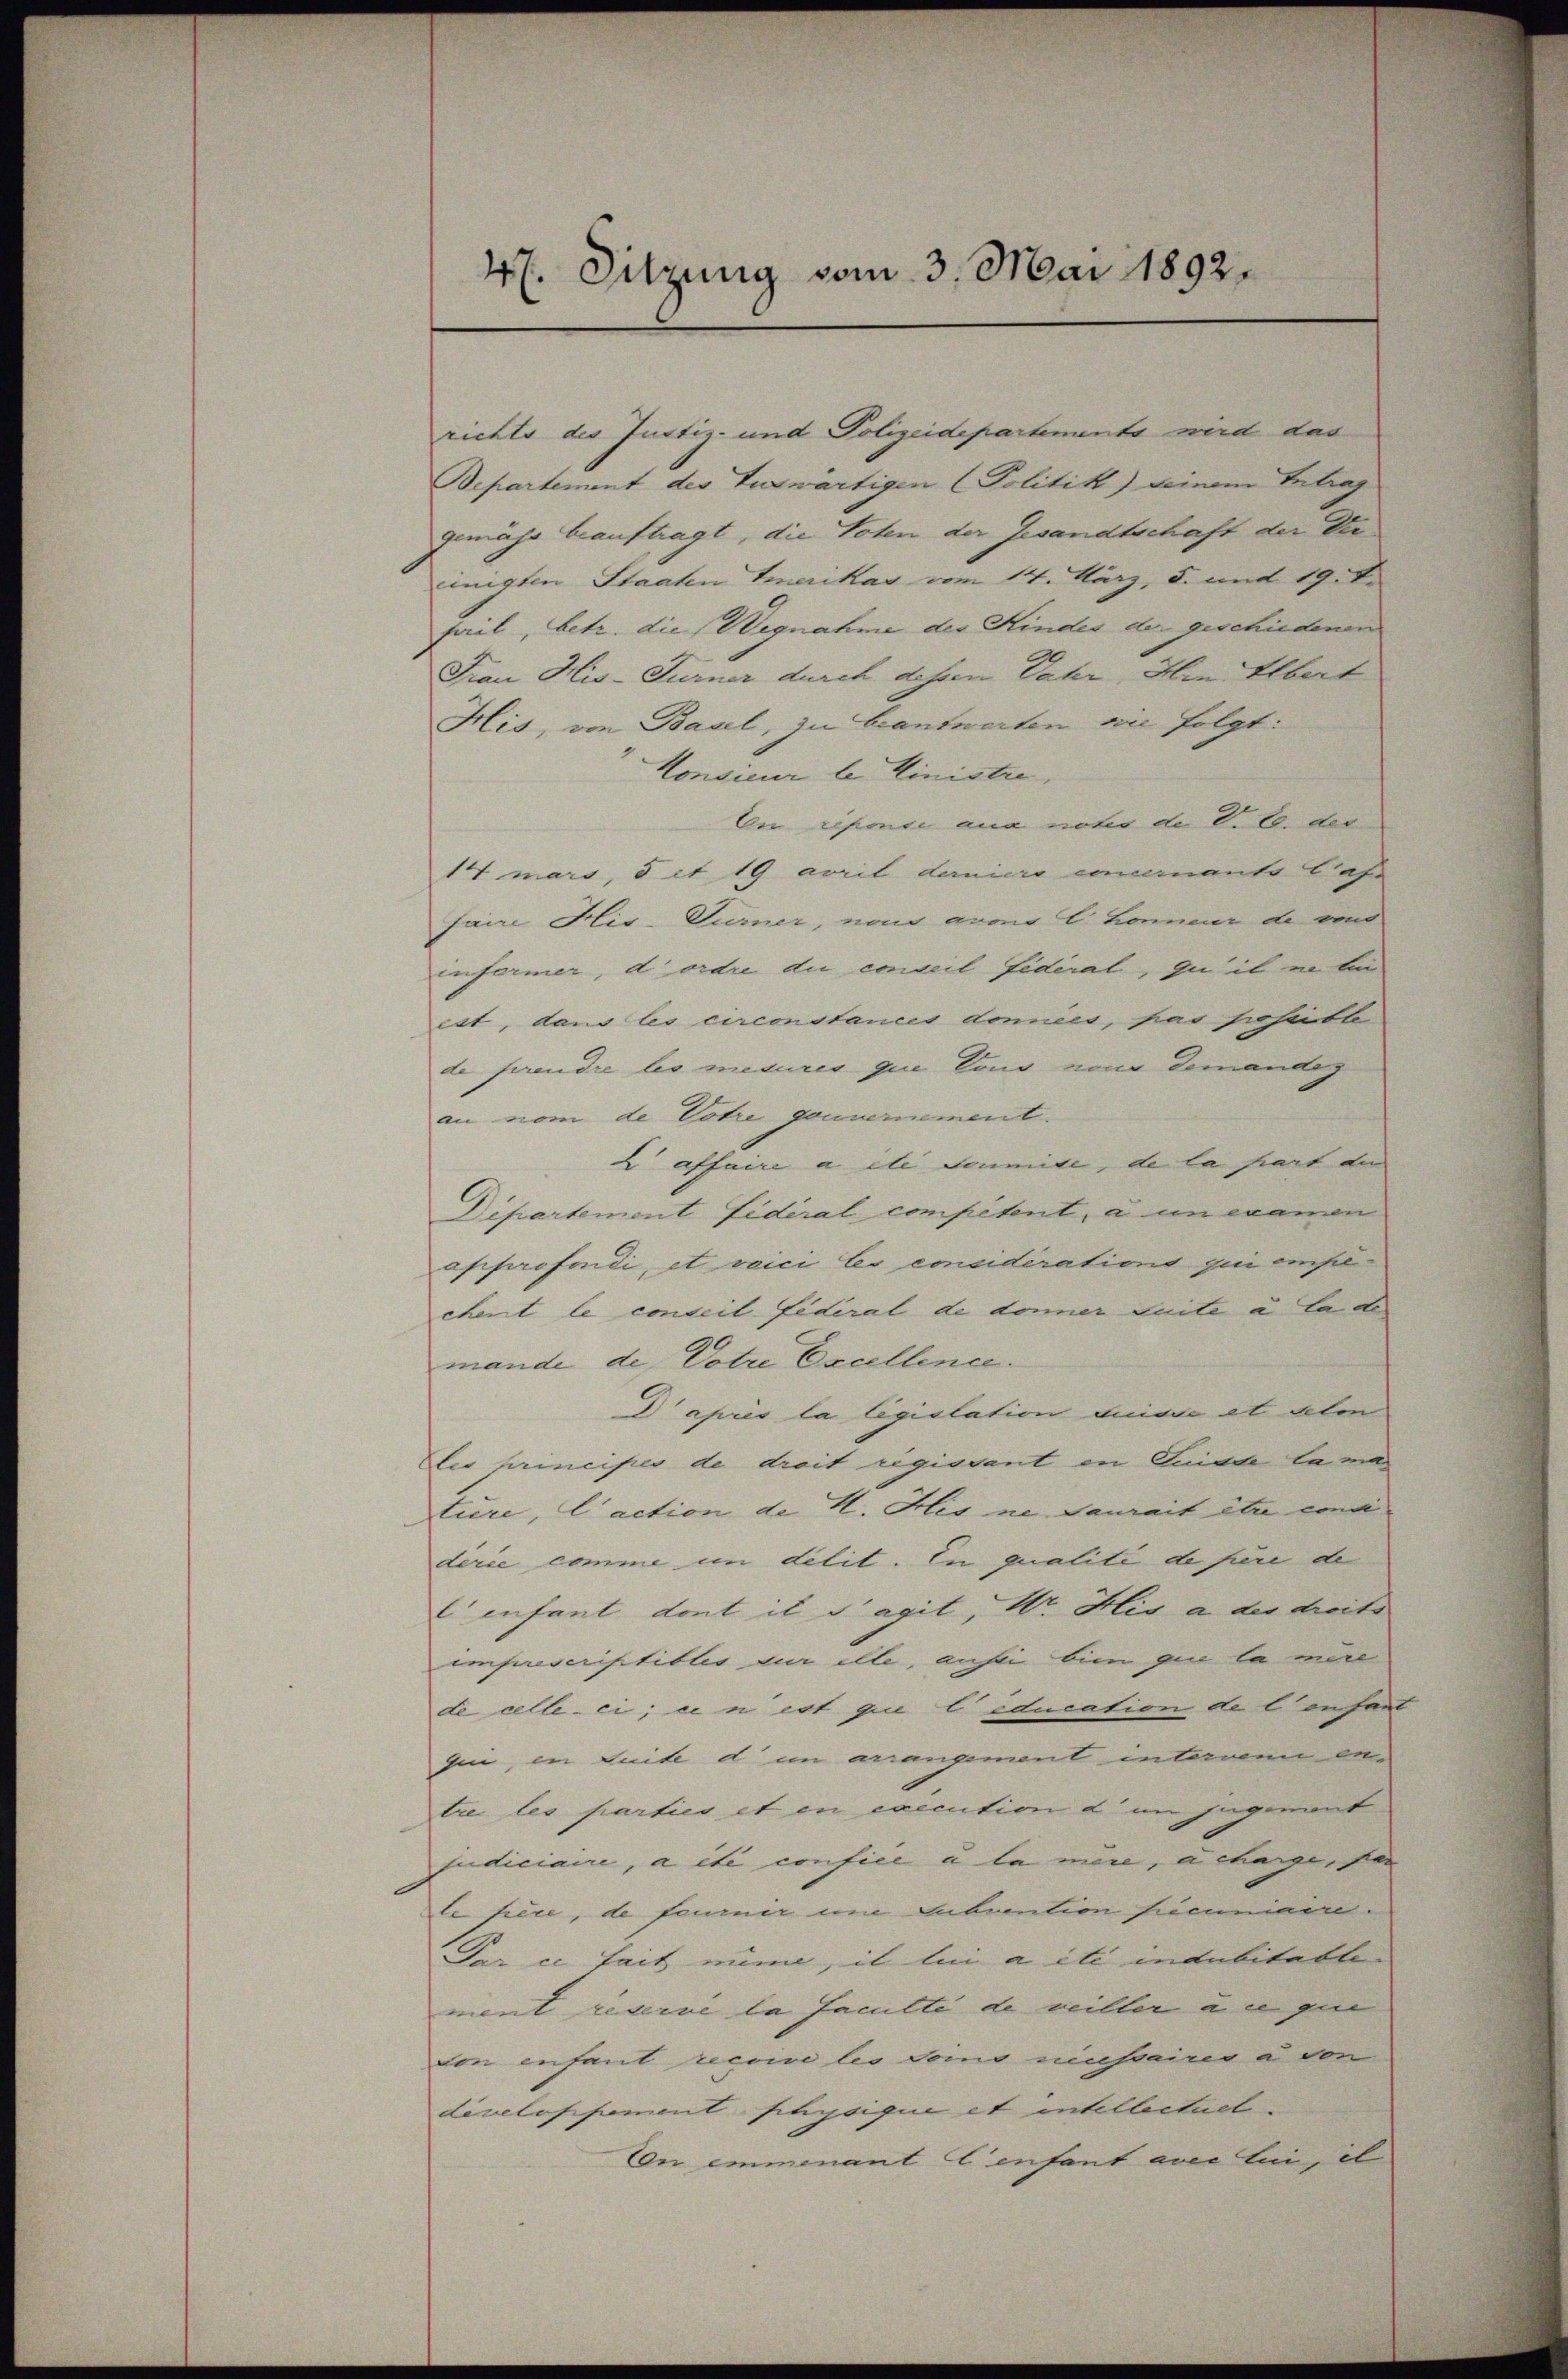
47. Sitzung vom 3. Mai 1892.

richts des Justiz- und Polizeidepartements wird das
Bepartement des Tuswärtigen (Politik) seinem Antrag
gemäss beauftragt, die Toten der Gesandtschaft der Verinigten Staaten Emerikas vom 14. März, 5. mit 19. d.
Fail, betr. die Wegnahme des Kindes der geschiedenen
Frau His-Furner durch dessen Vater, Hrn. Albert
His, von Basel, zu beantworten an folgt:
Honsieur le Ministre,
En reponse aus notis de V. C. der
14 mars, d et 19 avrit daniero concernants Cass
faire His-Turner, non avos l. honneur de vo
informer, dordre du einweil Fideral, quil in b
ett, dans les circonstances domicis, par sichette
de prendre les mesures que tous von demandes
an vom de Votre gouvernement.
 affaire a ele soumise, de la part die
Dipartement fidéral competent, à un examen
approfondi, et vici les considérations qui empchent le conseil Federal de donner Seite à la de
mande de Votre Excellence.
Dapris la legislation duisse et telen
er principes de droit regievant in Suidde la ma
ture, Caction de K. Hes ne Saurait er ein
derie comme in delit. In qualité de füre de
 enfant dont il s’agit, Hr. His a des droits
imprescriptibles an ille, anhin bin que la mère
de celle-ci, ein est que l’éducation de l anfant
qui, in Seite d in arrangenant interen be-
tre les parties et en execution d. im jugement
sudiciaire, a été confile a la mere, a charge, son
le fiere, de fourner um Subvention secuniarre.
Par ce fait mine, il lui a été indubitatte.
ment reserve la faculté de veiller an gie
von enfant recome les domo missaires a von
diveloppement physique et intellectuel
On immenant Confant avec lui, il